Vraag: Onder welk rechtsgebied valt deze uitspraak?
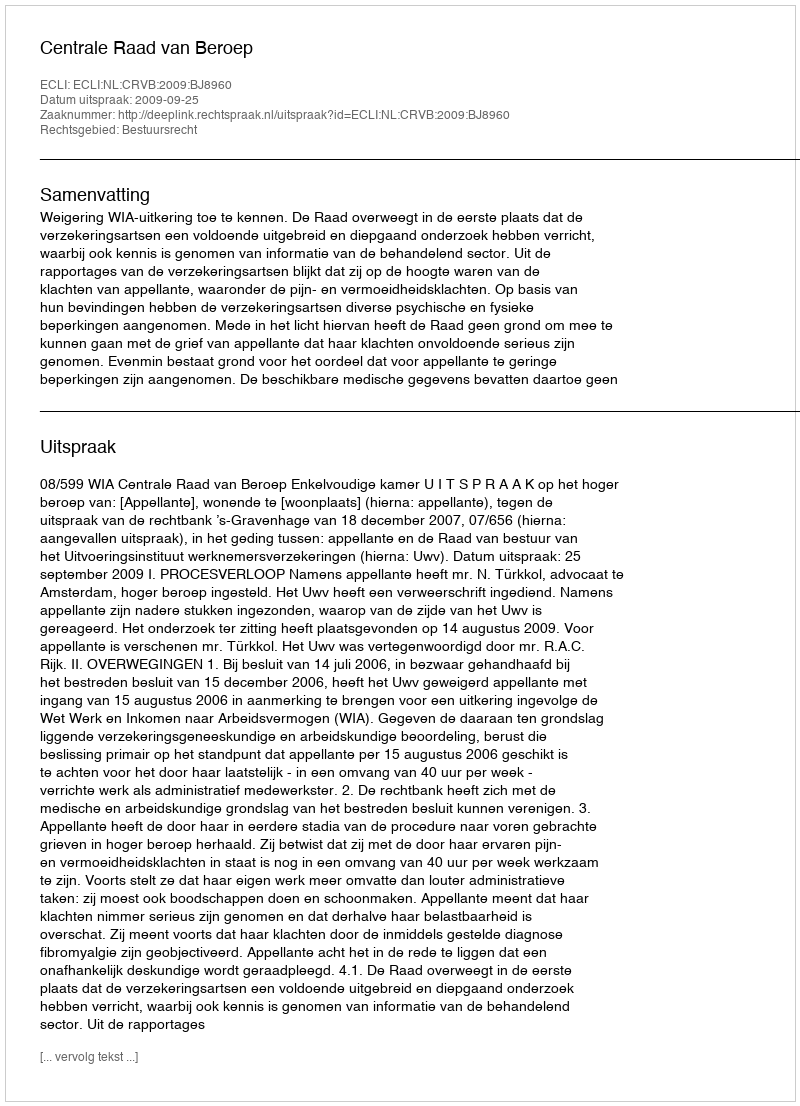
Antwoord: Bestuursrecht